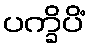
ပက္ခိပိံ